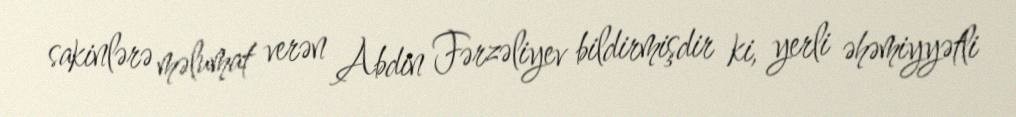
sakinlərə məlumat verən Abdin Fərzəliyev bildirmişdir ki, yerli əhəmiyyətli